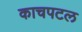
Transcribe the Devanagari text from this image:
काचपटल